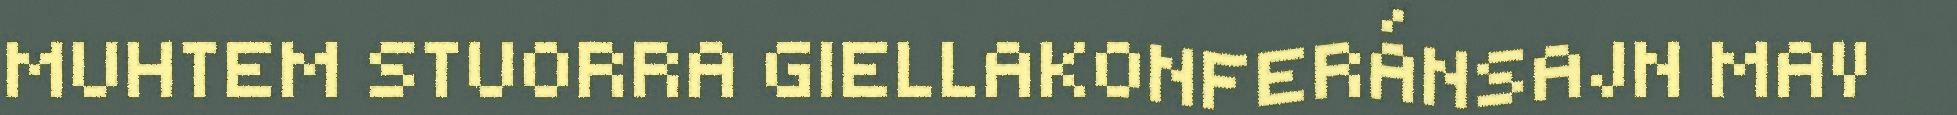
MUHTEM STUORRA GIELLAKONFERÁNSAJN MAV